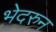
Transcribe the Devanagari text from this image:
भेदरुन